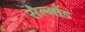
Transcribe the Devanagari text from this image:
सैल्मोंड